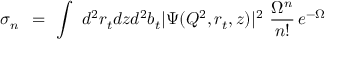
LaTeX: \sigma _ { n } \, \, \, = \, \, \int \, \, d ^ { 2 } r _ { t } d z d ^ { 2 } b _ { t } | \Psi ( Q ^ { 2 } , r _ { t } , z ) | ^ { 2 } \, \, \frac { \Omega ^ { n } } { n ! } \, e ^ { - \Omega }